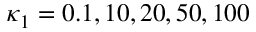
\kappa _ { 1 } = 0 . 1 , 1 0 , 2 0 , 5 0 , 1 0 0